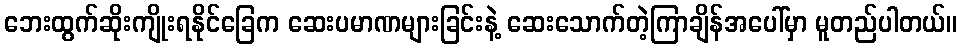
ဘေးထွက်ဆိုးကျိုးရနိုင်ခြေက ဆေးပမာဏများခြင်းနဲ့ ဆေးသောက်တဲ့ကြာချိန်အပေါ်မှာ မူတည်ပါတယ်။